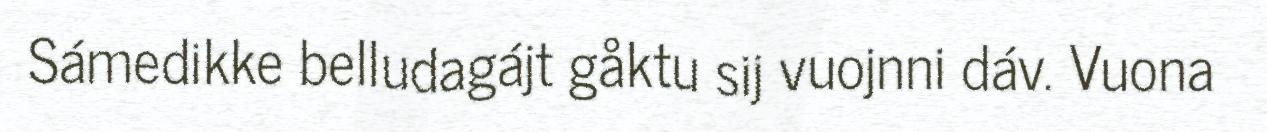
Sámedikke belludagájt gåktu sij vuojnni dáv. Vuona